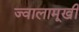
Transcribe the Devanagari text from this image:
ज्वालामूखी